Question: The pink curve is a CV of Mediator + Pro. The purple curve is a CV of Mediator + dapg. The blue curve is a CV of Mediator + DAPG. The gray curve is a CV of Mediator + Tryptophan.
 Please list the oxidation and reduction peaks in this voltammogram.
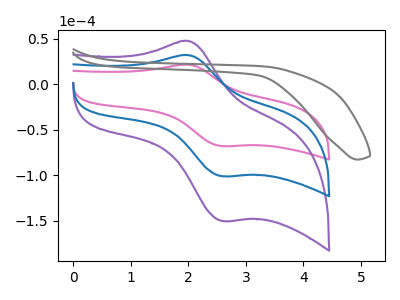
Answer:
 <answer>The pink curve "Mediator + Pro" has an anodic peak at (2.00V, 21.50uA) and a cathodic peak at (2.60V, -67.95uA). The purple curve "Mediator + dapg" has an anodic peak at (2.00V, 64.00uA) and a cathodic peak at (2.60V, -202.05uA). The blue curve "Mediator + DAPG" has an anodic peak at (2.00V, 32.00uA) and a cathodic peak at (2.60V, -101.05uA). The gray curve "Mediator + Tryptophan" has no peaks.</answer>
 <eval></eval>